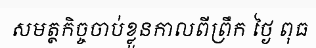
សមត្ថកិច្ចចាប់ខ្លួនកាលពីព្រឹក ថ្ងៃ ពុធ